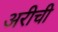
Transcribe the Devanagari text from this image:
अरीची